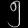
Digit: ၅